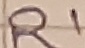
Text: R1